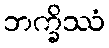
ဘက္ခိဿံ